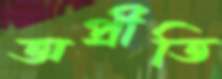
অপ্রীতি